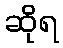
ဆိုရ